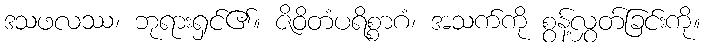
ဒသဖလဿ၊ ဘုရားရှင်၏။ ဇိဝိတံပရိစ္စာဂံ၊ အသက်ကို စွန့်လွှတ်ခြင်းကို။